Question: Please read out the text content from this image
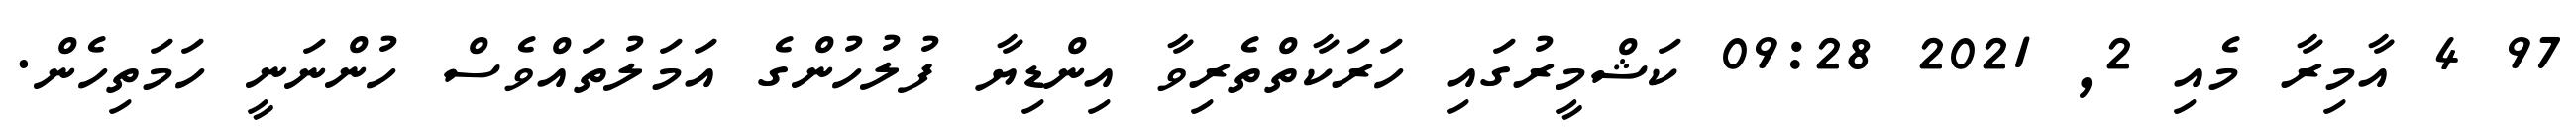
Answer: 97 4 އާމިރާ މެއި 2, 2021 09:28 ކަޝްމީރުގައި ހަރަކާތްތެރިވާ އިންޑިޔާ ފުލުހުންގެ އަމަލުތައްވެސް ހުންނަނީ ހަމަތިހެން.